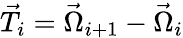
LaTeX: \vec{T}_{i}=\vec{\Omega}_{i+1}-\vec{\Omega}_{i}